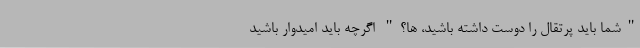
"شما باید پرتقال را دوست داشته باشید، ها؟" اگرچه باید امیدوار باشید